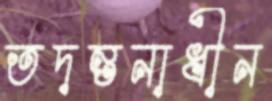
তদন্তনাধীন